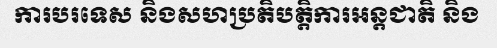
ការបរទេស និងសហប្រតិបត្តិការអន្តជាតិ និង